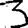
Digit: 3